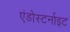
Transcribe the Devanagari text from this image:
एंडोस्टर्नाइट